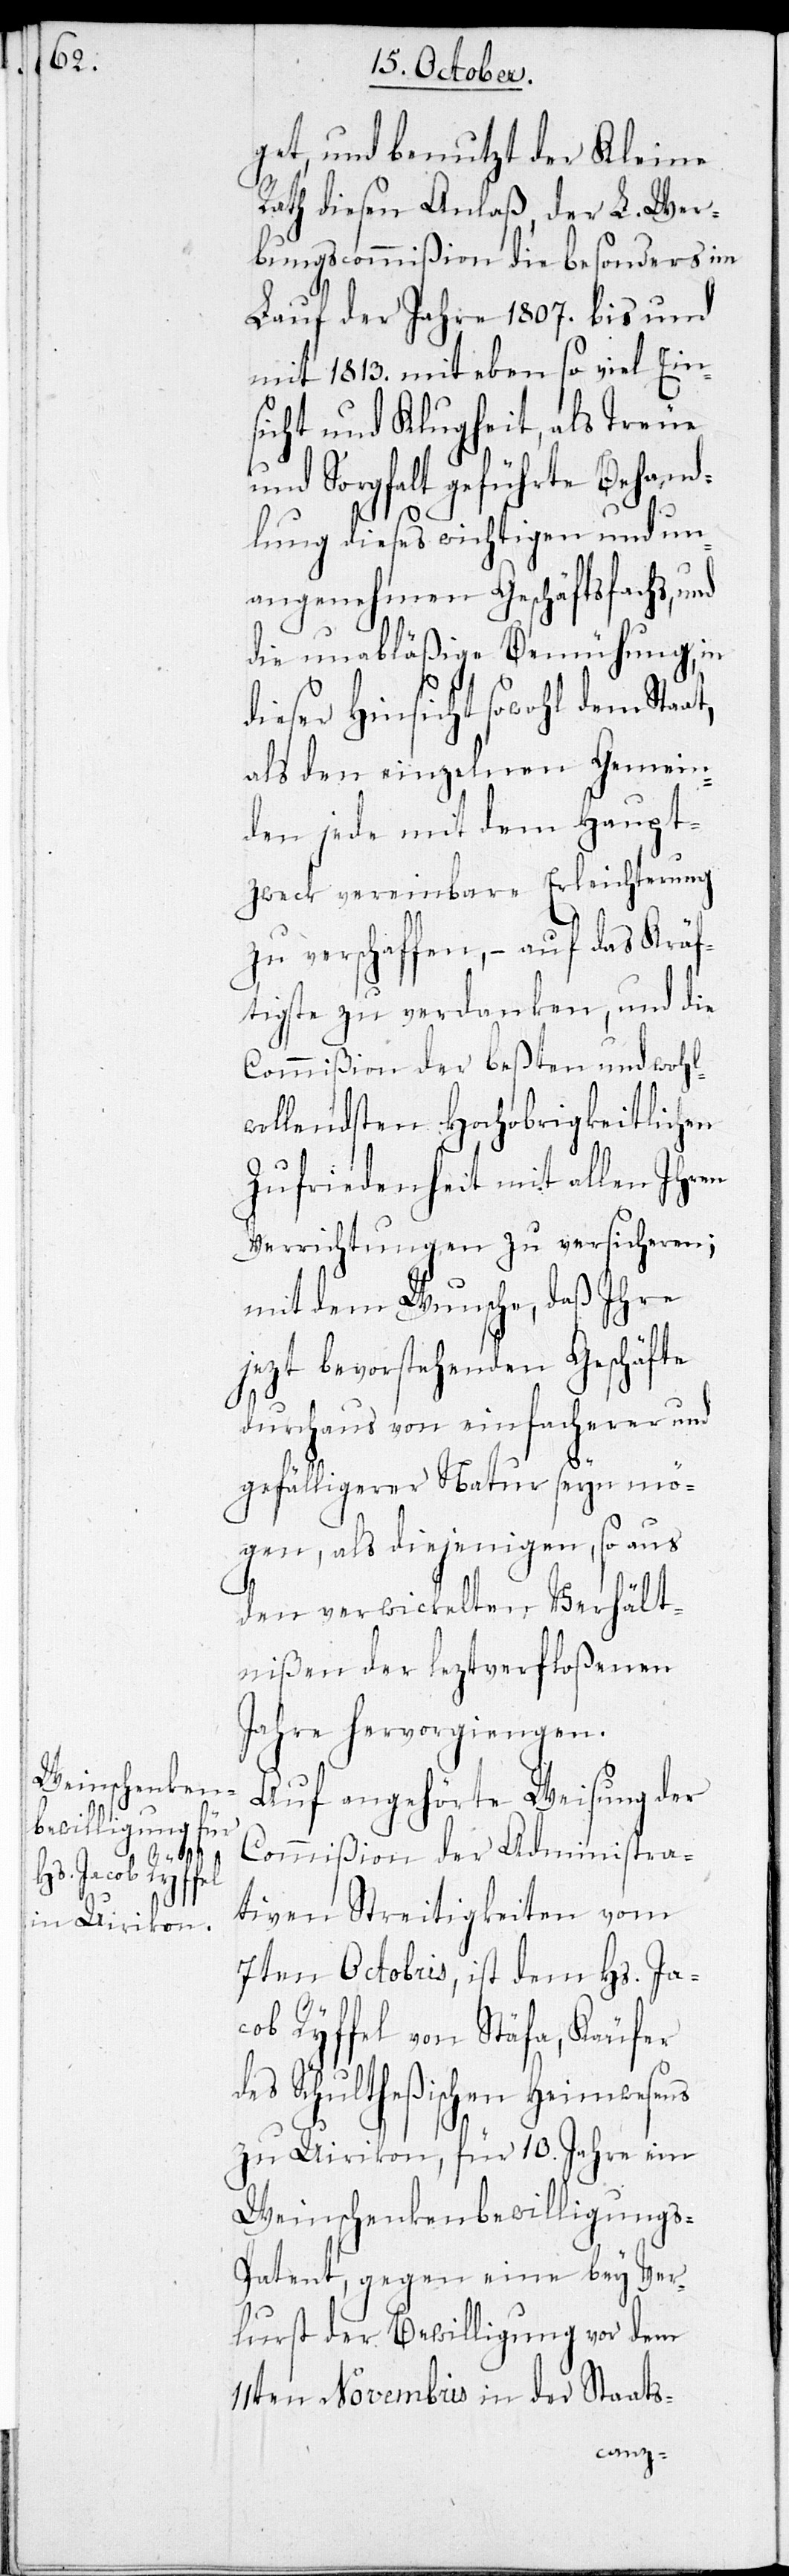
get, und benutzt der Kleine
Rah diesen Anlaß, der L. Wer¬
bungscommißion die besonders im
Lauf der Jahre 1807. bis und
mit 1813. mit eben so viel Ein¬
sicht und Klugheit, als Treue
und Sorgfalt geführte Behand¬
d¬
lung dieses wichtigen und un¬
angenehmen Geschäftsfachs,
die unabläßige Bemühung, in
dieser Hinsicht sowohl dem Staat,
als den einzelnen Gemein¬
den jede mit dem Haupt¬
zweck vereinbare Erleichterung
zu verschaffen, – auf das Kräf¬
tigste zu verdanken, und die
Commißion der besten und wohl¬
wollendsten Hochobrigkeitlichen
Zufriedenheit mit allen Ihren
Verrichtungen zu versicheren;
mit dem Wunsche, daß Ihre
jezt bevorstehenden Geschäfte
durchaus von einfacherer und
gefälligerer Natur seyn mö¬
gen, als diejenigen, so aus
den verwickelten Verhält¬
nißen der leztverfloßenen
Jahre hervorgiengen.
Auf angehörte Weisung der
Commißion der Administra¬
tiven Streitigkeiten vom
7ten Octobris, ist dem Hs. Ja¬
cob Ryffel von Stäfa, Käufer
es Schultheßischen Heimwesens
zu Uirikon, für 10. Jahre ein
Weinschenkenbewilligungs¬
patent, gegen eine bey Ver¬
lurst der Bewilligung vor dem
11ten Novembris in der Staats-